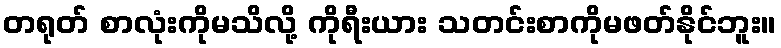
တရုတ် စာလုံးကိုမသိလို့ ကိုရီးယား သတင်းစာကိုမဖတ်နိုင်ဘူး။